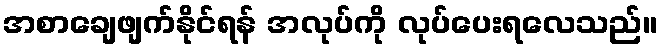
အစာချေဖျက်နိုင်ရန် အလုပ်ကို လုပ်ပေးရလေသည်။